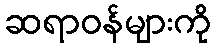
ဆရာဝန်များကို